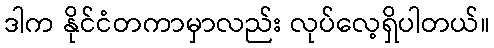
ဒါက နိုင်ငံတကာမှာလည်း လုပ်လေ့ရှိပါတယ်။